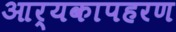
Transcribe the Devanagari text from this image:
आर्यकापहरण